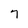
Character: 7